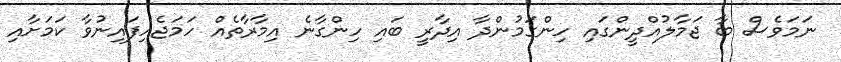
ނަމަވެސް ބާ ޖަމާލުއްދީންގައި ހިންގަމުންދާ އިދާރީ ބައި ހިންގާނެ އިމާރާތެއް ހަމަޖެހިފައިނުވާ ކަމަށާއި